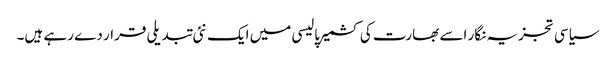
سیاسی تجزیہ نگار اسے بھارت کی کشمیر پالیسی میں ایک نئی تبدیلی قرار دے رہے ہیں۔